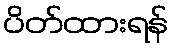
ပိတ်ထားရန်